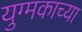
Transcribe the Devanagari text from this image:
युग्मकाच्या